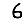
Digit: 6